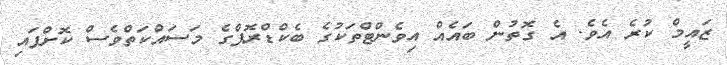
ޒައީމް ކުރެ އެވެ. އެ ގޮތުން ބައެއް އިވެންޓްތަކުގެ ބެކްޑްރޮޕްގެ މަސައްކަތްވެސް ކޮށްފައި